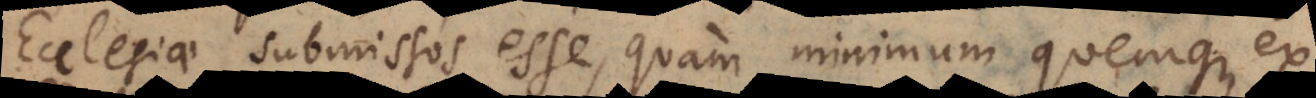
Ecclesiae submissos esse, quam minimum quemque ex